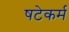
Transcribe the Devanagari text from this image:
षटेकर्म